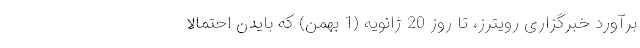
برآورد خبرگزاری رویترز، تا روز 20 ژانویه (1 بهمن) که بایدن احتمالا